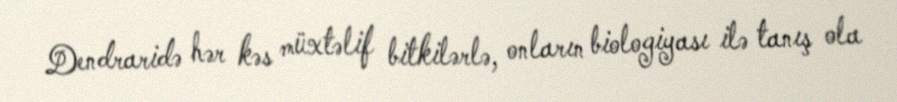
Dendraridə hər kəs müxtəlif bitkilərlə, onların biologiyası ilə tanış ola